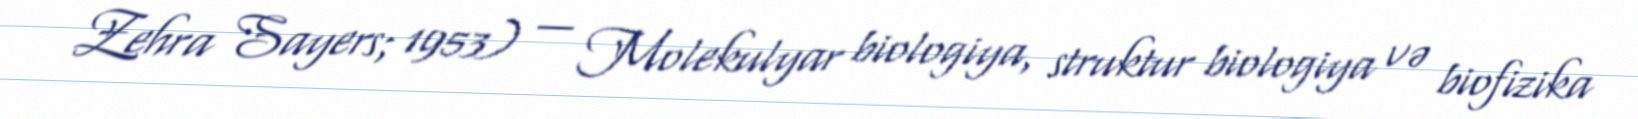
Zehra Sayers; 1953) — Molekulyar biologiya, struktur biologiya və biofizika